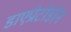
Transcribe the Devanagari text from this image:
डाएप्रोटोडोन